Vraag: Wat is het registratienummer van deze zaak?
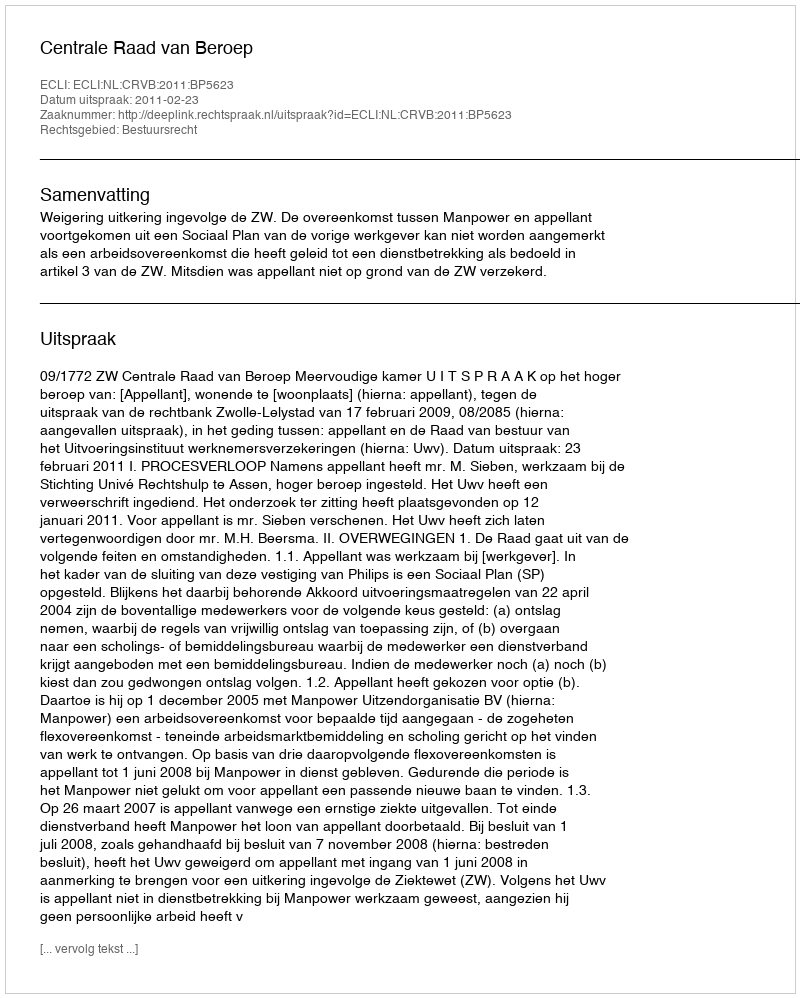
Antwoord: http://deeplink.rechtspraak.nl/uitspraak?id=ECLI:NL:CRVB:2011:BP5623